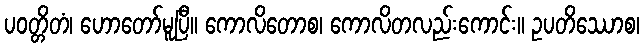
ပဝတ္တိတံ၊ ဟောတော်မူပြီ။ ကောလိတောစ၊ ကောလိတလည်းကောင်း။ ဥပတိဿောစ၊